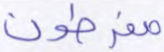
مفرطون